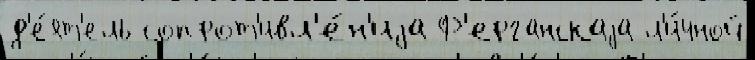
д'е́ят'ель сопрот'ивл'е́н'иjа Ф'ерганскаjа л'и́чной